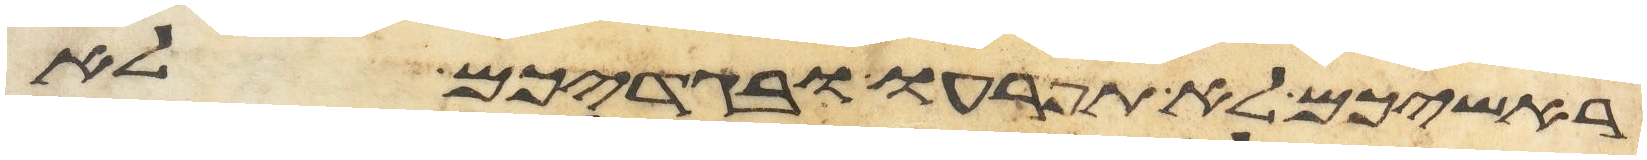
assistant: ראשיכם לא תפרעו ובגדיכם לא